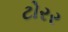
ટોરર